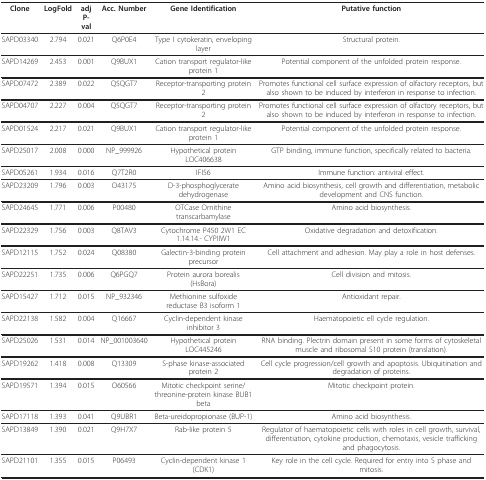
<table><thead><tr><td><b>Clone</b></td><td><b>LogFold</b></td><td><b>adj P-val</b></td><td><b>Acc. Number</b></td><td><b>Gene Identification</b></td><td><b>Putative function</b></td></tr></thead><tbody><tr><td>SAPD03340</td><td>2.794</td><td>0.021</td><td>Q6P0E4</td><td>Type I cytokeratin, enveloping layer</td><td>Structural protein.</td></tr><tr><td>SAPD14269</td><td>2.453</td><td>0.001</td><td>Q9BUX1</td><td>Cation transport regulator-like protein 1</td><td>Potential component of the unfolded protein response.</td></tr><tr><td>SAPD07472</td><td>2.389</td><td>0.022</td><td>Q5QGT7</td><td>Receptor-transporting protein 2</td><td>Promotes functional cell surface expression of olfactory receptors, but also shown to be induced by interferon in response to infection.</td></tr><tr><td>SAPD04707</td><td>2.227</td><td>0.004</td><td>Q5QGT7</td><td>Receptor-transporting protein 2</td><td>Promotes functional cell surface expression of olfactory receptors, but also shown to be induced by interferon in response to infection.</td></tr><tr><td>SAPD01524</td><td>2.217</td><td>0.021</td><td>Q9BUX1</td><td>Cation transport regulator-like protein 1</td><td>Potential component of the unfolded protein response.</td></tr><tr><td>SAPD25017</td><td>2.008</td><td>0.000</td><td>NP_999926</td><td>Hypothetical protein LOC406638</td><td>GTP binding, immune function, specifically related to bacteria.</td></tr><tr><td>SAPD05261</td><td>1.934</td><td>0.016</td><td>Q7T2R0</td><td>IFI56</td><td>Immune function: antiviral effect.</td></tr><tr><td>SAPD23209</td><td>1.796</td><td>0.003</td><td>O43175</td><td>D-3-phosphoglycerate dehydrogenase</td><td>Amino acid biosynthesis, cell growth and differentiation, metabolic development and CNS function.</td></tr><tr><td>SAPD24645</td><td>1.771</td><td>0.006</td><td>P00480</td><td>OTCase Ornithine transcarbamylase</td><td>Amino acid biosynthesis.</td></tr><tr><td>SAPD22329</td><td>1.756</td><td>0.003</td><td>Q8TAV3</td><td>Cytochrome P450 2W1 EC 1.14.14.- CYPIIW1</td><td>Oxidative degradation and detoxification.</td></tr><tr><td>SAPD12115</td><td>1.752</td><td>0.024</td><td>Q08380</td><td>Galectin-3-binding protein precursor</td><td>Cell attachment and adhesion. May play a role in host defenses.</td></tr><tr><td>SAPD22251</td><td>1.735</td><td>0.006</td><td>Q6PGQ7</td><td>Protein aurora borealis (HsBora)</td><td>Cell division and mitosis.</td></tr><tr><td>SAPD15427</td><td>1.712</td><td>0.015</td><td>NP_932346</td><td>Methionine sulfoxide reductase B3 isoform 1</td><td>Antioxidant repair.</td></tr><tr><td>SAPD22138</td><td>1.582</td><td>0.004</td><td>Q16667</td><td>Cyclin-dependent kinase inhibitor 3</td><td>Haematopoietic ell cycle regulation.</td></tr><tr><td>SAPD25026</td><td>1.531</td><td>0.014</td><td>NP_001003640</td><td>Hypothetical protein LOC445246</td><td>RNA binding. Plectrin domain present in some forms of cytoskeletal muscle and ribosomal S10 protein (translation).</td></tr><tr><td>SAPD19262</td><td>1.418</td><td>0.008</td><td>Q13309</td><td>S-phase kinase-associated protein 2</td><td>Cell cycle progression/cell growth and apoptosis. Ubiquitination and degradation of proteins.</td></tr><tr><td>SAPD19571</td><td>1.394</td><td>0.015</td><td>O60566</td><td>Mitotic checkpoint serine/threonine-protein kinase BUB1 beta</td><td>Mitotic checkpoint protein.</td></tr><tr><td>SAPD17118</td><td>1.393</td><td>0.041</td><td>Q9UBR1</td><td>Beta-ureidopropionase (BUP-1)</td><td>Amino acid biosynthesis.</td></tr><tr><td>SAPD13849</td><td>1.390</td><td>0.021</td><td>Q9H7X7</td><td>Rab-like protein 5</td><td>Regulator of haematopoietic cells with roles in cell growth, survival, differentiation, cytokine production, chemotaxis, vesicle trafficking and phagocytosis.</td></tr><tr><td>SAPD21101</td><td>1.355</td><td>0.015</td><td>P06493</td><td>Cyclin-dependent kinase 1 (CDK1)</td><td>Key role in the cell cycle. Required for entry into S phase and mitosis.</td></tr></tbody></table>